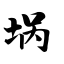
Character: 埚